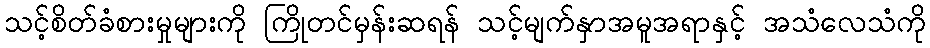
သင့်စိတ်ခံစားမှုများကို ကြိုတင်မှန်းဆရန် သင့်မျက်နှာအမူအရာနှင့် အသံလေသံကို